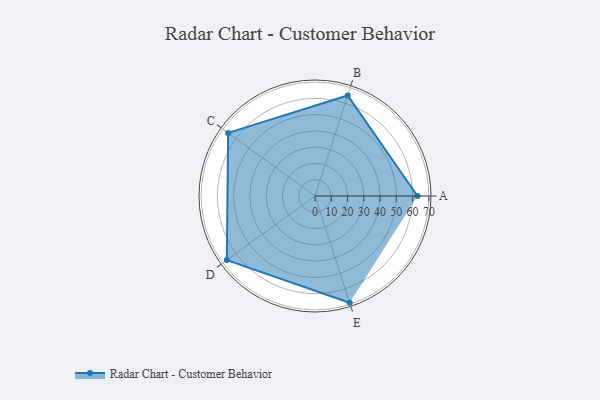
{"axis": {"x": "Skill", "y": "Score"}, "legend": ["Profile"], "data": [{"x": "A", "y": 63.0, "type": "Profile"}, {"x": "B", "y": 65.0, "type": "Profile"}, {"x": "C", "y": 66.0, "type": "Profile"}, {"x": "D", "y": 67.0, "type": "Profile"}, {"x": "E", "y": 69.0, "type": "Profile"}]}